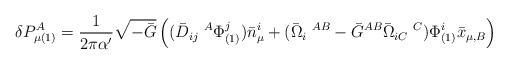
LaTeX: \begin{align*}\delta P^{A}_{\mu(1)}=\frac{1}{2\pi\alpha'}\sqrt{-\bar{G}}\left( (\bar{D}_{ij}\;^{A}\Phi^{j}_{(1)})\bar{n}^{i}_\mu+(\bar{\Omega}_{i}\;^{AB}-\bar{G}^{AB}\bar{\Omega}_{iC}\;^{C})\Phi^{i}_{(1)}\bar{x}_{\mu,B}\right)\end{align*}